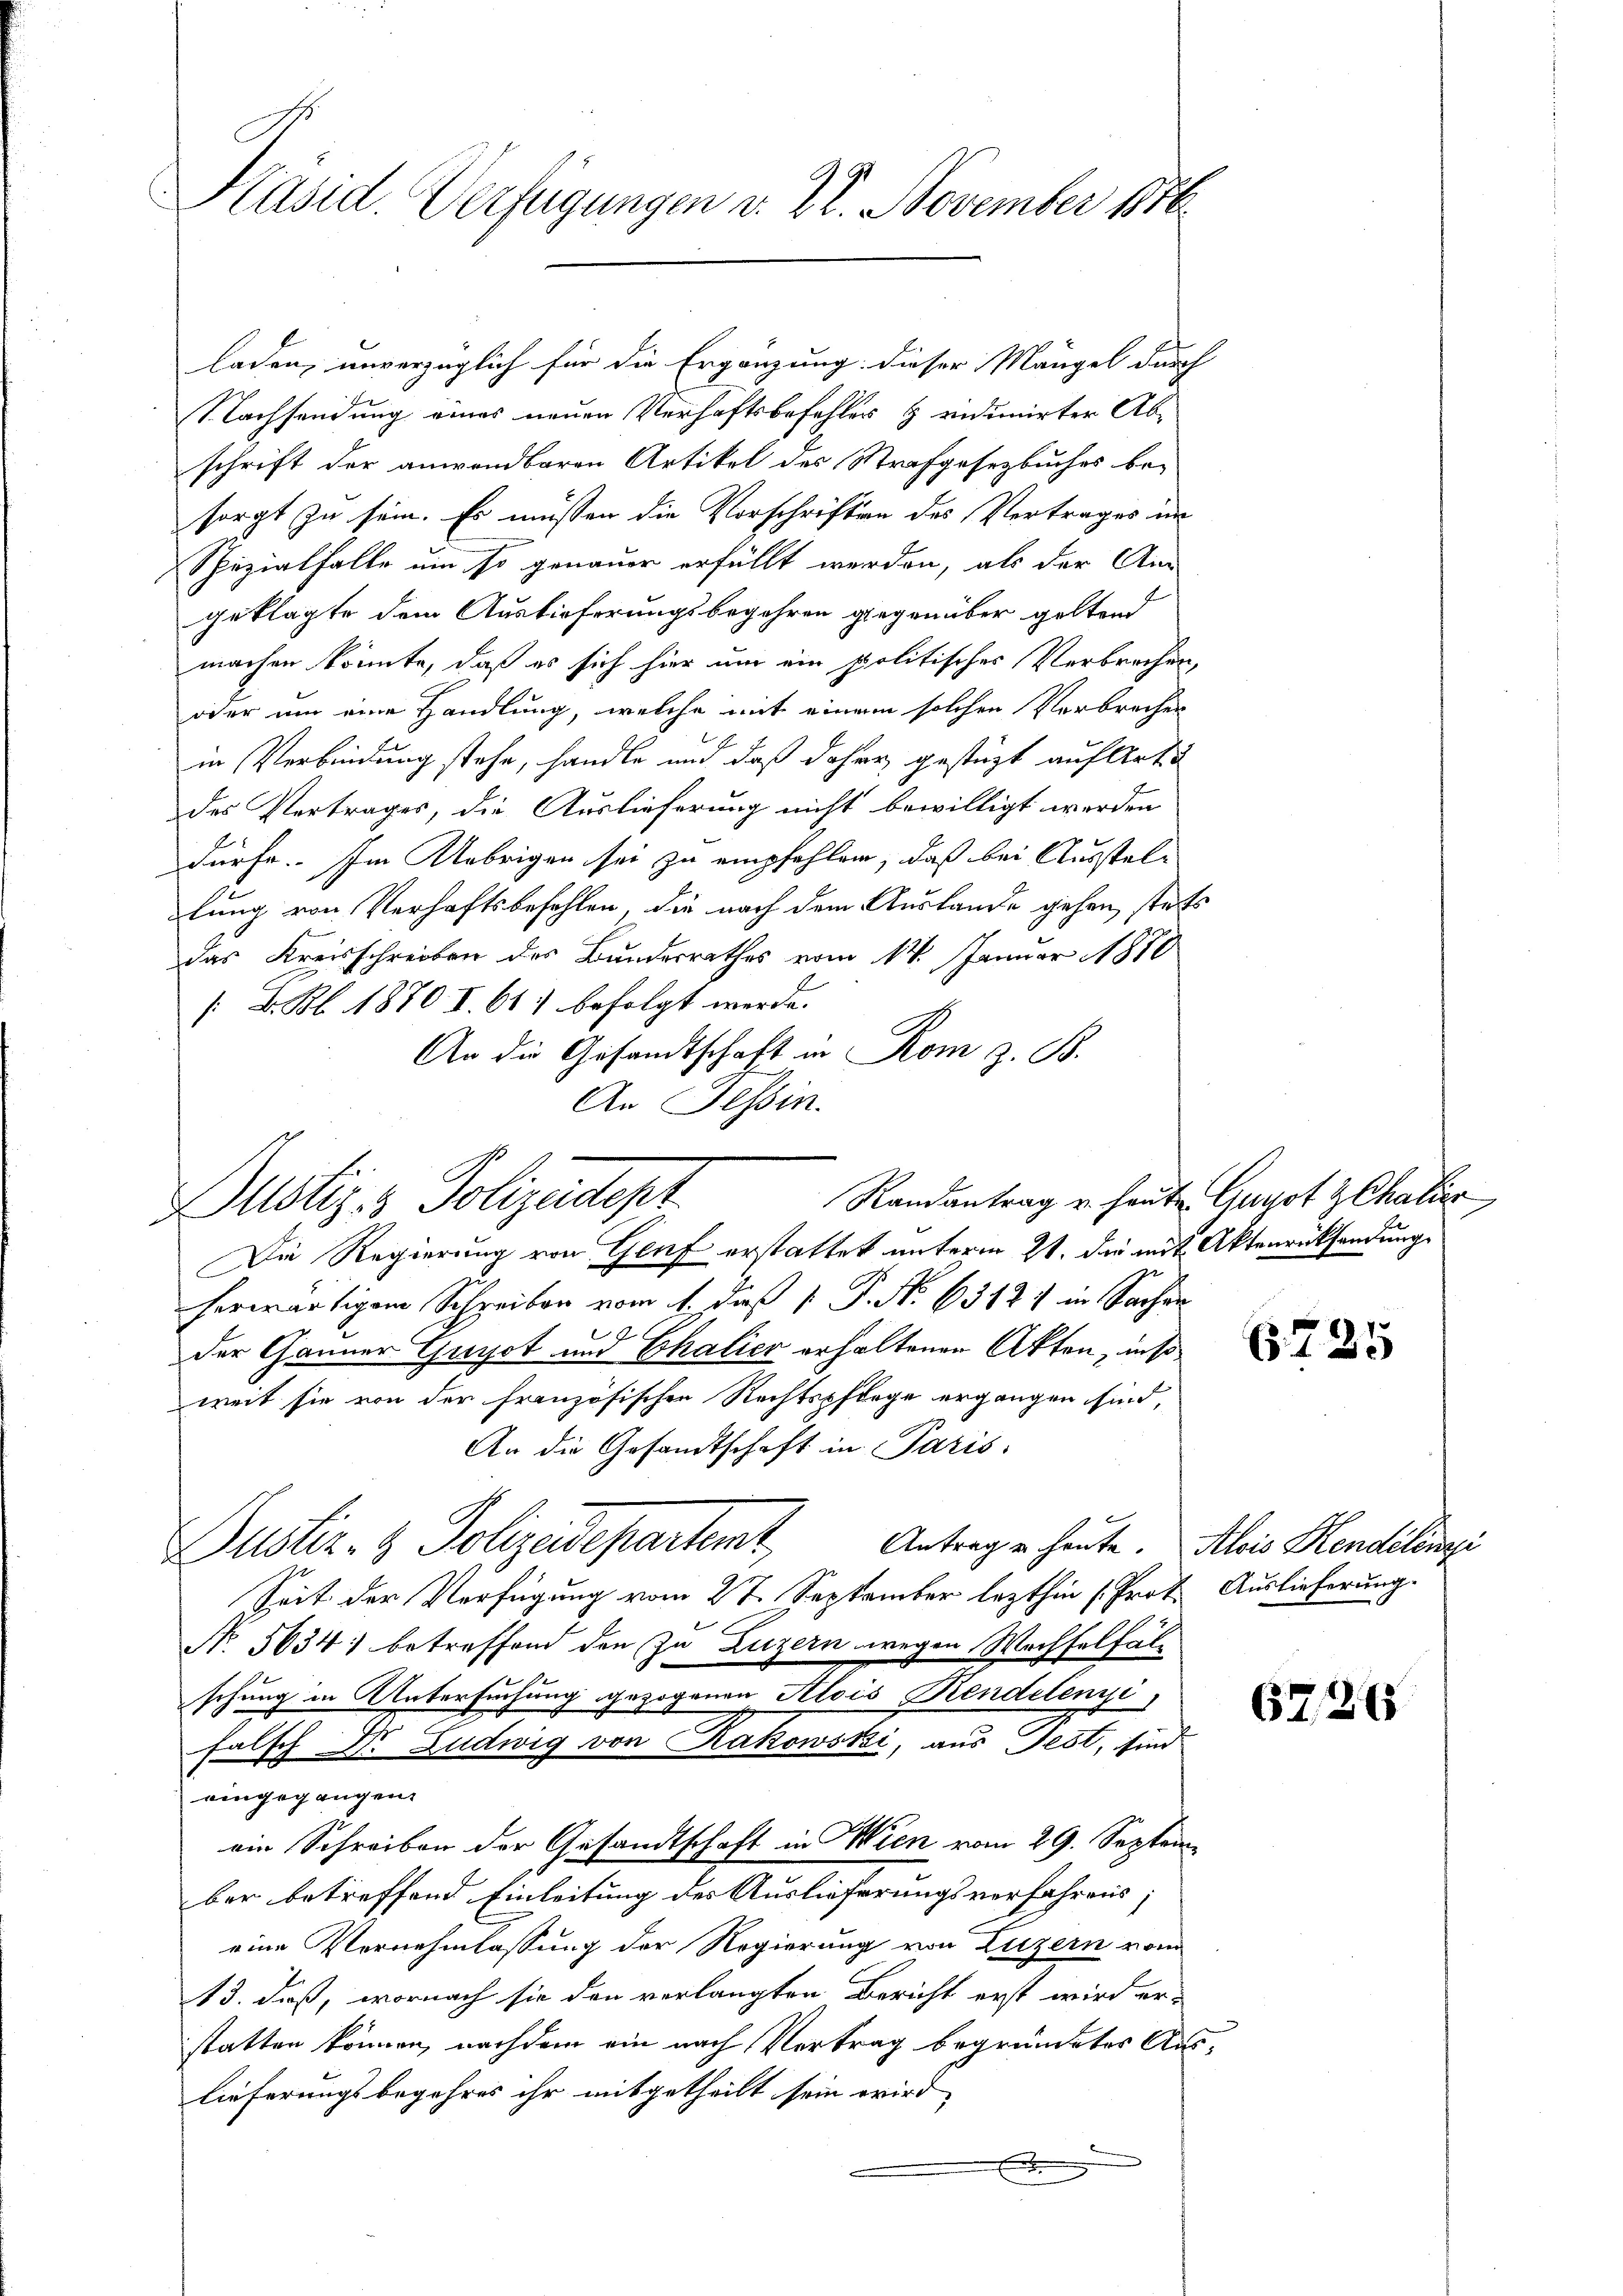
Käsid. Verfügungen d. 22. November 1876

laden, unverzüglich für die Ergänzung dieser Mängel durch
Nachsendung eines neuen Verhaftsbefehler & indunirter Abschrift der anwendbaren Artikel des Strafgesetzbuches be-
sorgt zu sein. Es müssen die Vorschriften des Vertrages im
Spezialfalle um so genauer erfüllt werden, als der Am
geklagte dem Auslieferungsbegehren gegenüber geltend
machen könnte, daß es sich hier um ein politischer Verbrechen,
oder um eine Handlung, welche mit einem solchen Verbrechen
in Verbindung stehe, handle und daß daher gestüzt auf Art.
des Vertrages, die Auslieferung nicht bewilligt werden
dürfe. Im Uebrigen sei zu empfehlen, daß bei Ausstellung von Verhaftsbefehlen, die nach dem Auslande gehen, stets
das Kreisschreiben des Bundesrathes vom 14. Januar 1870
/ B. Bl. 1870 I. 61. befolgt werde.
An die Gesandtschaft in Rom z. B.
An Tessin.
Randantrag u. heute Guyot Z Chalier
Die Regierung von Genf erstattet unterm 21. die mit Aktenrücksendung
herwärtigem Schreiben vom 11. Dieß  P. No 6312) in Sachen
der Gänner Gugot und Thalier erhaltenen Akten, inso
weit sie von der französischen Rechtspflege ergangen sind,
An die Gesandtschaft in Paris
Antrag u. heute. Alois Handelenzi
Justiz- & Polizisepartent,
Seit der Verfügung vom 27. September lezthin (Prot. Auslieferung.
No. 5634) betreffend den zu Luzern wegen Wachselfäl
schung in Untersuchung gezogenen Alois Rendetenzi
falsch Dr. Ludwig von Rakowski, aus Fest, sind
eingegangen.
ein Schreiben der Gesandtschaft in Wien vom 29. Septem
ber betreffend Einleitung des Auslieferungsverfahrens;
eine Vernehmlassung der Regierung von Luzern vom
13. daß, wornach sie den verlangten Bericht erst wird erstatten können, nachdem ein nach Vertrag begründetes Auslieferungsbegehres ihr mitgetheilt sein wird
e
x

Justiz- & Polizeidept

6726